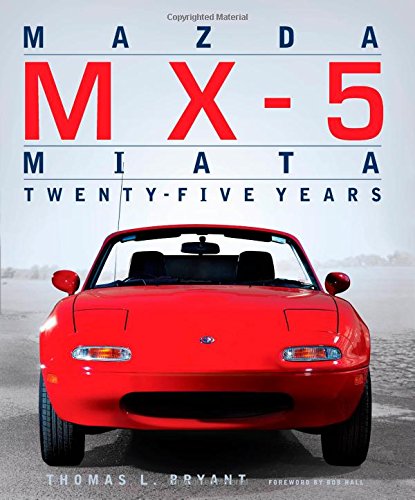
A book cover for Mazda MX-5 Miata: Twenty-Five Years; Thomas Bryant; Engineering & Transportation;